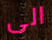
الى